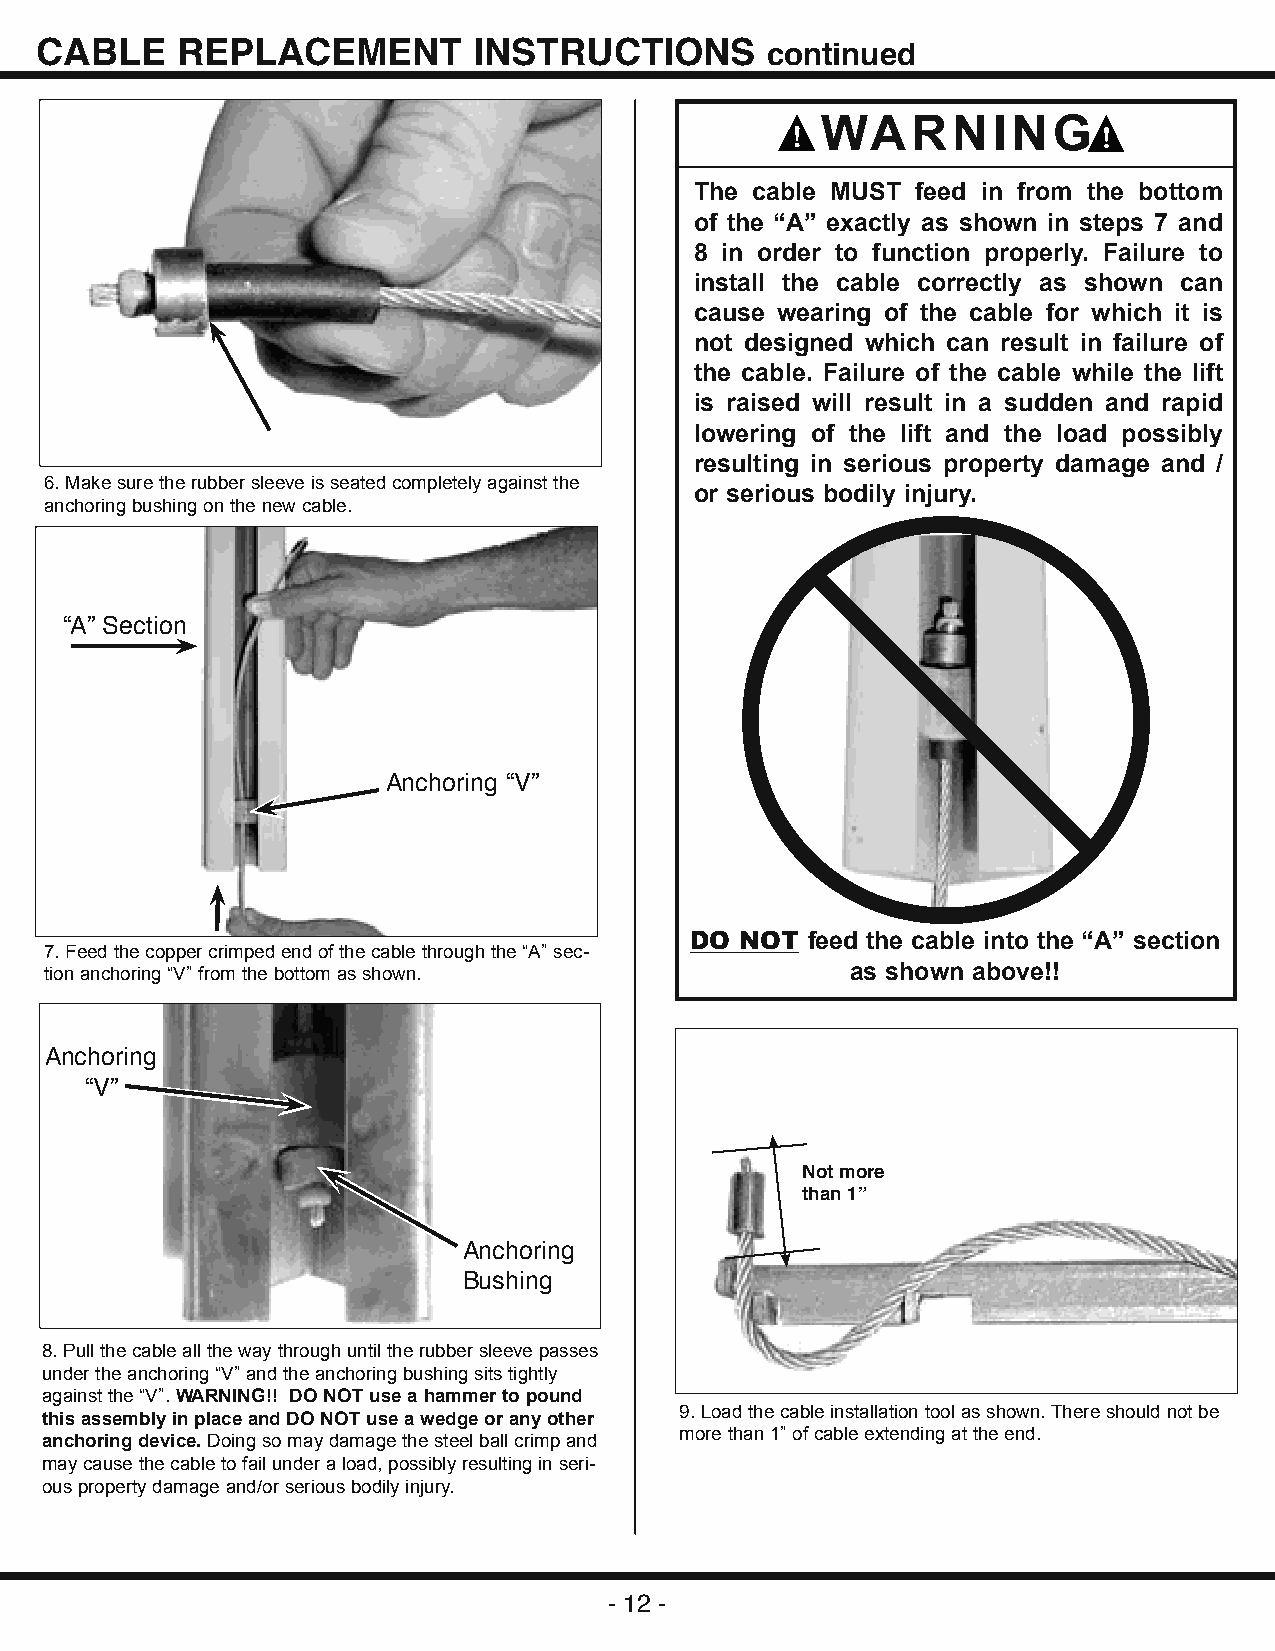
CABLE     REPLACEMENT        INSTRUCTIONS        continued
 WARNING
 The cable MUST feed in from the bottom
 of the “A” exactly as shown in steps 7 and
 8 in order to function properly. Failure to
 install the cable correctly as shown can
 cause wearing of the cable for which it is
 not designed which can result in failure of
 the cable. Failure of the cable while the lift
 is raised will result in a sudden and rapid
 lowering of the lift and the load possibly
 resulting in serious property damage and /
 6. Make sure the rubber sleeve is seated completely against the
 or serious bodily injury.
 anchoring bushing on the new cable.
 “A” Section
 Anchoring “V”
 DO NOT feed the cable into the “A” section
 7. Feed the copper crimped end of the cable through the “A” sec-
 tion anchoring “V” from the bottom as shown.         as shown above!!
 Anchoring
 “V”
 Not more
 than 1”
 Anchoring
 Bushing
 8. Pull the cable all the way through until the rubber sleeve passes
 under the anchoring “V” and the anchoring bushing sits tightly
 against the “V”. WARNING!! DO NOT use a hammer to pound
 9. Load the cable installation tool as shown. There should not be
 this assembly in place and DO NOT use a wedge or any other
 more than 1” of cable extending at the end.
 anchoring device. Doing so may damage the steel ball crimp and
 may cause the cable to fail under a load, possibly resulting in seri-
 ous property damage and/or serious bodily injury.
 - 12 -